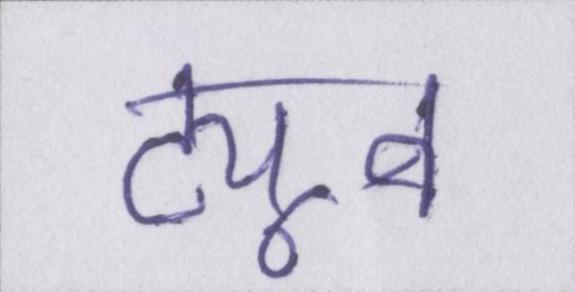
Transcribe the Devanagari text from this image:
ट्यूब